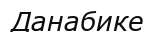
Данабике